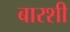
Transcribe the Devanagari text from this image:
बारशी